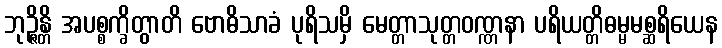
ဘုဉ္ဇိန္တိ အပစ္စက္ခိတွာတိ ဗောဓိသာခံ ပုရိသမှိ မေတ္တာသုတ္တဝဏ္ဏနာ ပရိယတ္တိဓမ္မမစ္ဆရိယေန